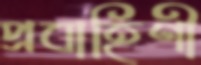
প্রবাহিণী